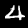
Digit: 4